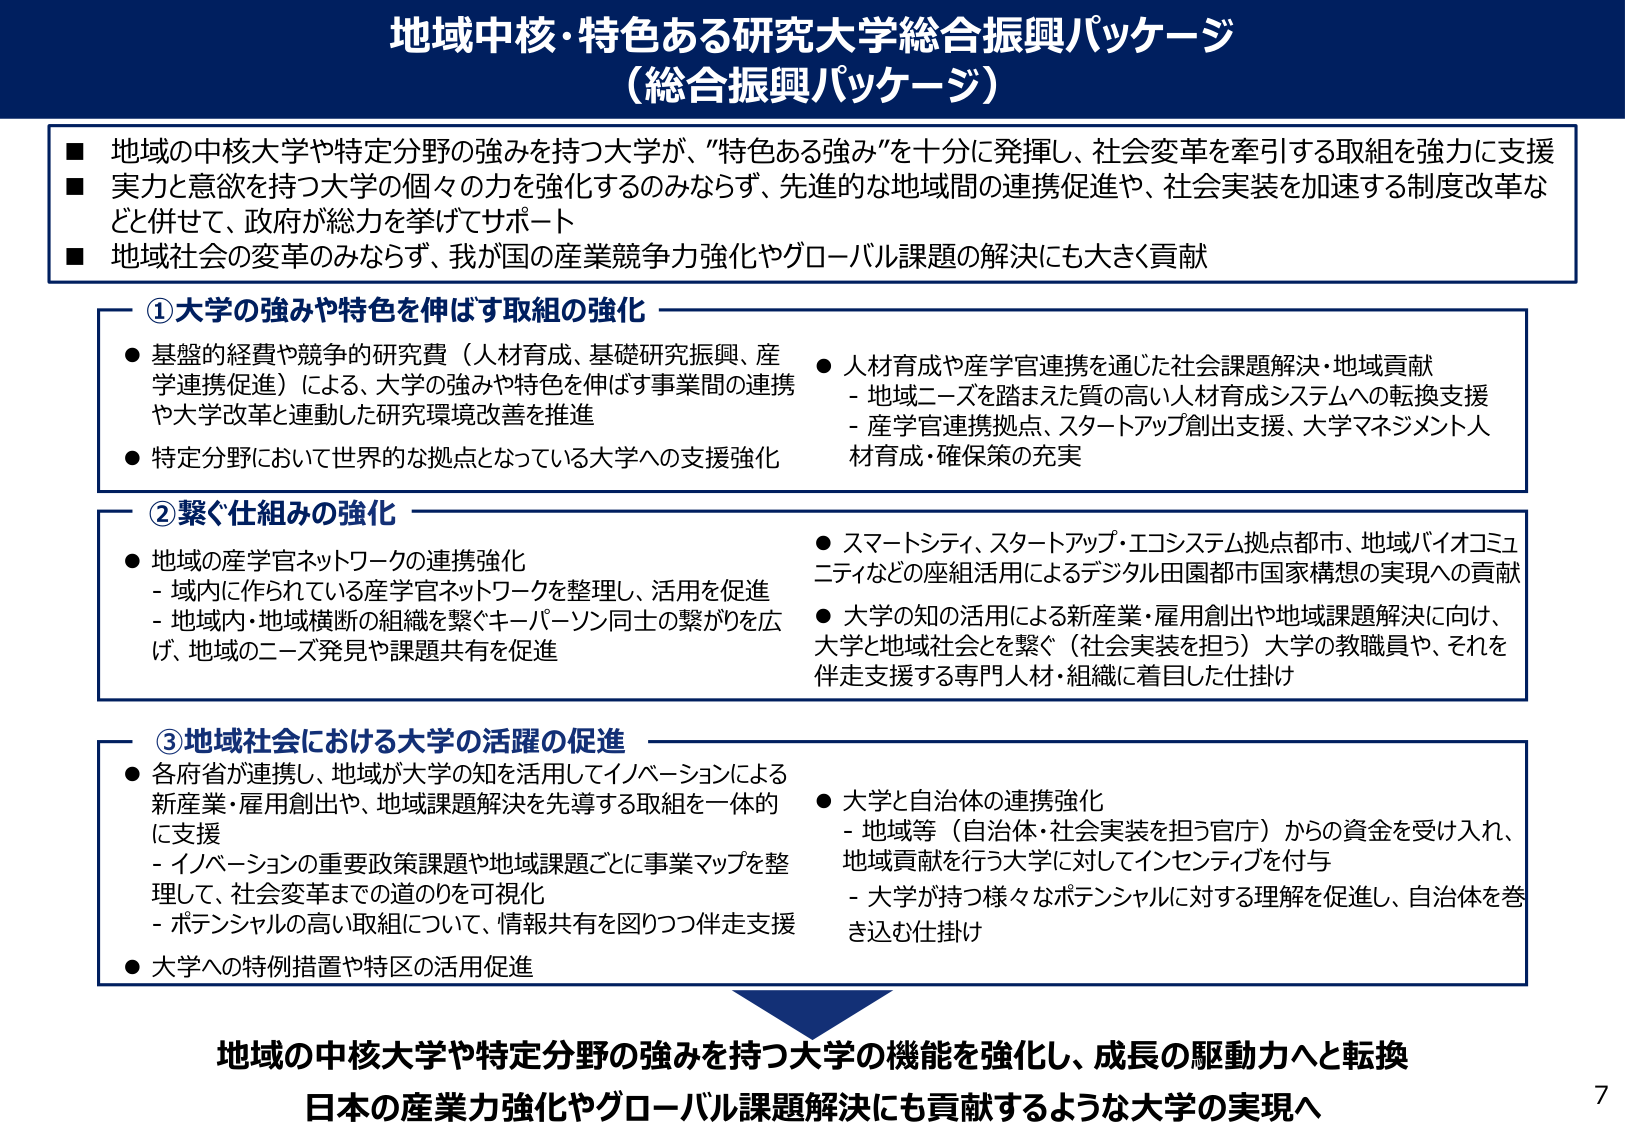
地域中核・特色ある研究大学総合振興パッケージ
（総合振興パッケージ）

■ 地域の中核大学や特定分野の強みを持つ大学が、「特色ある強み」を十分に発揮し、社会変革を牽引する取組を強力に支援
■ 実力と意欲を持つ大学の個々の力を強化するのみならず、先進的な地域間の連携促進や、社会実装を加速する制度改革などと併せて、政府が総力を挙げてサポート
■ 地域社会の変革のみならず、我が国の産業競争力強化やグローバル課題の解決にも大きく貢献

①大学の強みや特色を伸ばす取組の強化
● 基盤的経費や競争的研究費（人材育成、基礎研究振興、産学連携促進）による、大学の強みや特色を伸ばす事業間の連携や大学改革と連動した研究環境改善を推進
● 特定分野において世界的な拠点となっている大学への支援強化
● 人材育成や産学官連携を通じた社会課題解決・地域貢献
　- 地域ニーズを踏まえた質の高い人材育成システムへの転換支援
　- 産学官連携拠点、スタートアップ創出支援、大学マネジメント人材育成・確保策の充実

② 繋ぐ仕組みの強化
● 地域の産学官ネットワークの連携強化
　- 域内に作られている産学官ネットワークを整理し、活用を促進
　- 地域内・地域横断の組織を繋ぐキーパーソン同士の繋がりを広げ、地域のニーズ発見や課題共有を促進
● スマートシティ、スタートアップ・エコシステム拠点都市、地域バイオコミュニティなどの座組活用によるデジタル田園都市国家構想の実現への貢献
● 大学の知の活用による新産業・雇用創出や地域課題解決に向け、大学と地域社会とを繋ぐ（社会実装を担う）大学の教職員や、それを伴走支援する専門人材・組織に着目した仕掛け

③ 地域社会における大学の活躍の促進
● 各府省が連携し、地域が大学の知を活用してイノベーションによる新産業・雇用創出や、地域課題解決を先導する取組を一体的に支援
　- イノベーションの重要政策課題や地域課題ごとに事業マップを整理して、社会変革までの道のりを可視化
　- ポテンシャルの高い取組について、情報共有を図りつつ伴走支援
● 大学への特例措置や特区の活用促進
● 大学と自治体の連携強化
　- 地域等（自治体・社会実装を担う官庁）からの資金を受け入れ、地域貢献を行う大学に対してインセンティブを付与
　- 大学が持つ様々なポテンシャルに対する理解を促進し、自治体を巻き込む仕掛け

地域の中核大学や特定分野の強みを持つ大学の機能を強化し、成長の駆動力へと転換
日本の産業力強化やグローバル課題解決にも貢献するような大学の実現へ

7